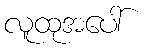
လူထုအပေါ်